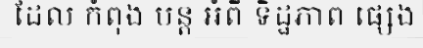
ដែល កំពុង បន្ត អំពី ទិដ្ឋភាព ផ្សេង